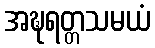
အဍ္ဎရတ္တသမယံ